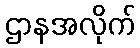
ဌာနအလိုက်